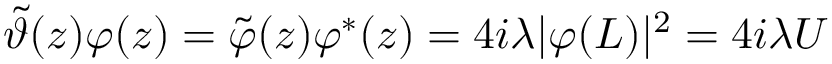
\tilde { \vartheta } ( z ) \varphi ( z ) = \tilde { \varphi } ( z ) \varphi ^ { \ast } ( z ) = 4 i \lambda \vert \varphi ( L ) \vert ^ { 2 } = 4 i \lambda U